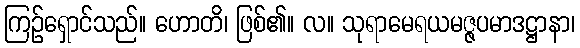
ကြဉ်ရှောင်သည်။ ဟောတိ၊ ဖြစ်၏။ လ။ သုရာမေရယမဇ္ဇပမာဒဋ္ဌာနာ၊